King Institute of Preventive Medicine Bacteriolog. Section reports 1907-08
Year: 1907
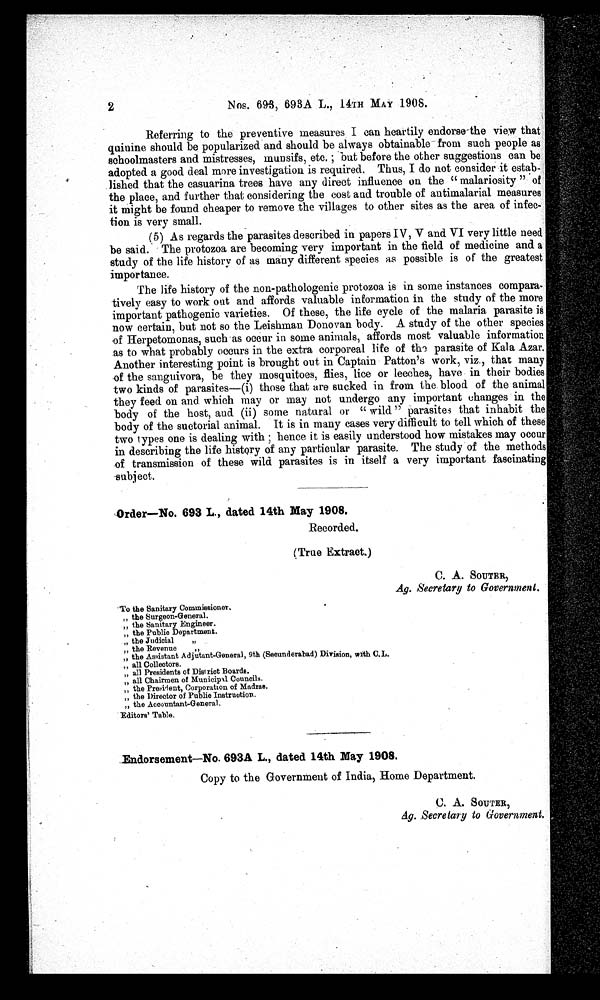
2
Nos. 693, 693A L., 14TH MAY 1908.
Referring to the preventive measures I can heartily endorse the view that
quinine should be popularized and should be always obtainable from such people as
schoolmasters and mistresses, munsifs, etc.; but before the other suggestions can be
adopted a good deal more investigation is required. Thus, I do not consider it estab- -
lished that the casuarina trees have any direct influence on the "malariosity" of
the place, and further that considering the cost and trouble of antimalarial measures
it might be found cheaper to remove the villages to other sites as the area of infec- -
tion is very small.
(5) As regards the parasites described in papers IV, V and VI very little need
be said. The protozoa are becoming very important in the field of medicine and a
study of the life history of as many different species as possible is of the greatest
importance.
The life history of the non-pathologenic protozoa is in some instances compara- -
tively easy to work out and affords valuable information in the study of the more
important pathogenic varieties. Of these, the life cycle of the malaria parasite is
now certain, but not so the Leishman. Donovan body. A study of the other species
of Herpetomonas, such as occur in some animals, affords most valuable information
as to what probably occurs in the extra corporeal life of the parasite of Kala Azar.
Another interesting point is brought out in Captain Patton's work, viz., that many
of the sanguivora, be they mosquitoes, flies, lice or leeches, have in their bodies
two kinds of parasites—(i) those that are sucked in from the blood of the animal
they feed on and which may or may not undergo any important changes in the
body of the host, and (ii) some natural or "wild" parasites that inhabit the
body of the suctorial animal. It is in many cases very difficult to tell which of these
two types one is dealing with hence it is easily understood how mistakes may occur
in describing the life history of any particular parasite. The study of the methods
of transmission of these wild parasites is in itself a very important fascinating
subject.
Order—No. 693 L., dated 14th May 1908.
Recorded,
(True Extract.)
C. A. SOUTER,
Ag. Secretary to Government.
To the Sanitary Commissioner.
',, the Surgeon-General.
„ the Sanitary Engineer.
„ the Public Department.
„ the Judicial
„
„ the Revenue
„
„ the Assistant Adjutant-General, 9th (Secunderabad) Division, with C.L.
„ all Collectors.
„ all Presidents of District Boards.
„ all Chairmen of Municipal Councils.
„ the President, Corporation of Madras.
„ the Director of Public Instruction.
„ the Accountant-General.
Editors' Table.
Endorsement—No. 693A L., dated 14th May 1908.
Copy to the Government of India, Home Department.
C. A. SOUTER,
Ag. Secretary to Government.